Civil Veterinary Dept. Bombay admin report 1893-99 - 1893-1899
Year: 1893
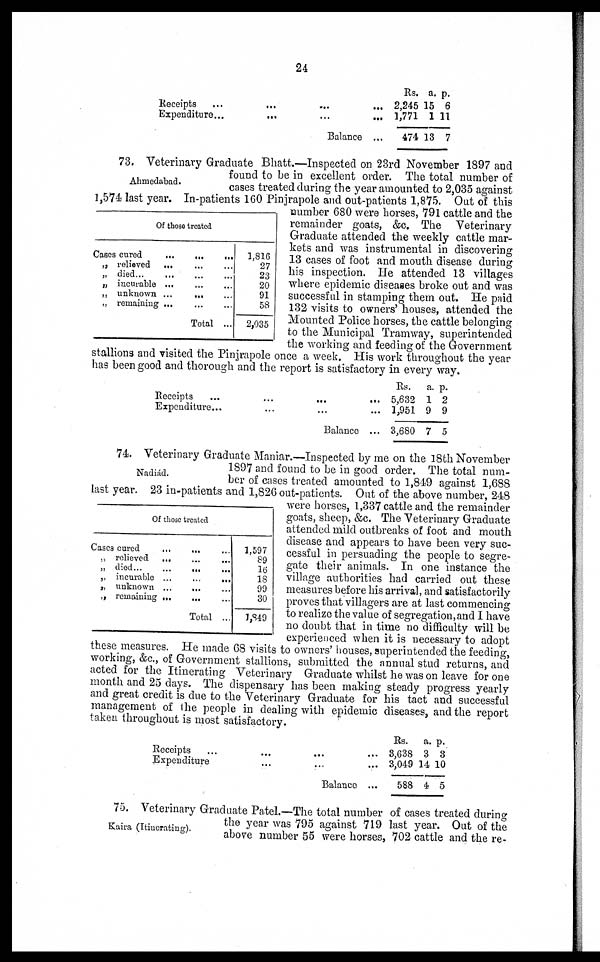
24
Receipts
...
...
... ...
Expenditure ...
...
... ...
Balance ...
Rs.
2,245
1,771
474
a.
15
1
13
p.
6
11
7
Ahmedabad.
Of those treated
Cases cured
...
...
...
„ relieved ...
...
...
„ died...
... ...
„ incurable ... ... ...
„ unknown ...
...
...
„ remaining
Total ...
1,816
27
23
20
91
58
2,035
73. Veterinary Graduate Bhatt.—Inspected on 23rd November 1897 and
found to be in excellent order. The total number of
cases treated during the year amounted to 2,035 against
1,574 last year. In-patients 160 Pinjrapole and out-patients 1,875. Out of this
number 680 were horses, 791 cattle and the
remainder goats, &c. The Veterinary
Graduate attended the weekly cattle mar-
kets and was instrumental in discovering
13 cases of foot and mouth disease during
his inspection. He attended 13 villages
where epidemic diseases broke out and was
successful in stamping them out. He paid
132 visits to owners' houses, attended the
Mounted Police horses, the cattle belonging
to the Municipal Tramway, superintended
the working and feeding of the Government
stallions and visited the Pinjrapole once a week. His work throughout the year
has been good and thorough and the report is satisfactory in every way.
Receipts ... ... ... ...
Expenditure
...
... ... ...
Balance ...
Rs.
5,632
1,951
3,680
a.
1
9
7
p.
2
9
5
Nadiád.
Of those treated
Cases cured
...
...
...
„ relieved ... ... ...
„ died
...
...
„ incurable
„ unknown ...
... ...
„ remaining ... ... ...
Total ...
1,597
89
16
18
99
30
1,849
74. Veterinary Graduate Maniar.—Inspected by me on the 18th November
1897 and found to be in good order. The total num-
ber of cases treated amounted to 1,849 against 1,688
last year. 23 in-patients and 1,826 out-patients. Out of the above number, 248
were horses, 1,337 cattle and the remainder
goats, sheep, &c. The Veterinary Graduate
attended mild outbreaks of foot and mouth
disease and appears to have been very suc-
cessful in persuading the people to segre-
gate their animals. In one instance the
village authorities had carried out these
measures before his arrival, and satisfactorily
proves that villagers are at last commencing
to realize the value of segregation, and I have
no doubt that in time no difficulty will be
experienced when it is necessary to adopt
these measures. He made 68 visits to owners' houses, superintended the feeding,
working, &c., of Government stallions, submitted the annual stud returns, and
acted for the Itinerating Veterinary Graduate whilst he was on leave for one
month and 25 days. The dispensary has been making steady progress yearly
and great credit is due to the Veterinary Graduate for his tact and successful
management of the people in dealing with epidemic diseases, and the report
taken throughout is most satisfactory.
Receipts...
...
...
...
Expenditure... ... ...
Balance...
Rs.
3,638
3,049
588
a.
3
14
4
p.
3
10
5
Kaira (Itinerating).
75. Veterinary Graduate Patel.—The total number of cases treated during
the year was 795 against 719 last year. Out of the
above number 55 were horses, 702 cattle and the re-